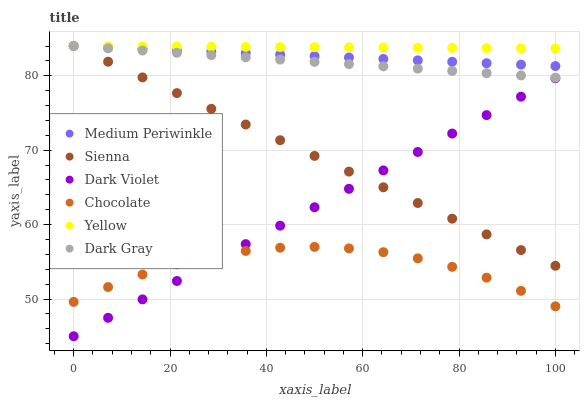
| xaxis_label | Medium Periwinkle | Sienna | Dark Violet | Chocolate | Yellow | Dark Gray |
 | --- | --- | --- | --- | --- | --- | --- |
 | 0 | 84 | 84 | 45 | 49.6 | 84 | 84 |
 | 7.14 | 83.8 | 81.9 | 47.5 | 51.6 | 84 | 83.7 |
 | 14.3 | 83.6 | 79.8 | 50 | 53.3 | 84 | 83.4 |
 | 21.4 | 83.4 | 77.7 | 52.4 | 54.7 | 83.9 | 83.1 |
 | 28.6 | 83.2 | 75.6 | 54.9 | 55.7 | 83.9 | 82.8 |
 | 35.7 | 83 | 73.5 | 57.4 | 56.5 | 83.9 | 82.5 |
 | 42.9 | 82.8 | 71.3 | 59.9 | 56.9 | 83.9 | 82.2 |
 | 50 | 82.7 | 69.2 | 62.3 | 57 | 83.8 | 81.9 |
 | 57.1 | 82.5 | 67.1 | 64.8 | 56.8 | 83.8 | 81.6 |
 | 64.3 | 82.3 | 65 | 67.3 | 56.3 | 83.8 | 81.3 |
 | 71.4 | 82.1 | 62.9 | 69.8 | 55.5 | 83.8 | 81 |
 | 78.6 | 81.9 | 60.8 | 72.2 | 54.3 | 83.7 | 80.7 |
 | 85.7 | 81.7 | 58.7 | 74.7 | 52.9 | 83.7 | 80.4 |
 | 92.9 | 81.5 | 56.6 | 77.2 | 51.1 | 83.7 | 80 |
 | 100 | 81.3 | 54.5 | 79.7 | 49 | 83.7 | 79.7 |